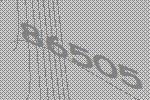
86505